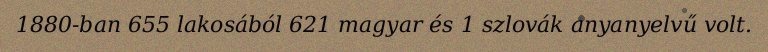
1880-ban 655 lakosából 621 magyar és 1 szlovák anyanyelvű volt.